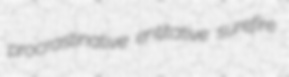
procrastinative entitative surefire